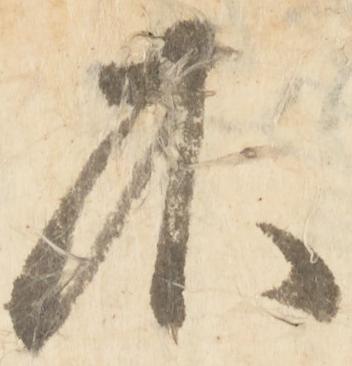
不